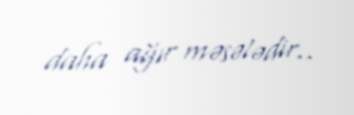
daha ağır məsələdir..